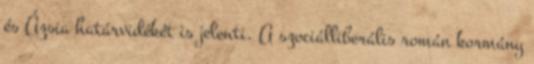
és Ázsia határvidékét is jelenti. A szociálliberális román kormány